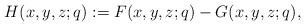
LaTeX: \begin{align*}H(x,y,z;q):=F(x,y,z;q)-G(x,y,z;q),\end{align*}